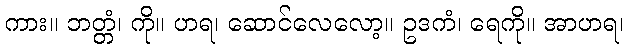
ကား။ ဘတ္တံ၊ ကို။ ဟရ၊ ဆောင်လေလော့။ ဥဒကံ၊ ရေကို။ အာဟရ၊